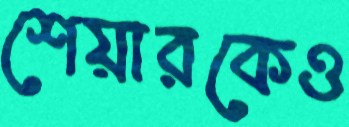
শেয়ারকেও